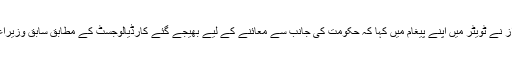
نواز شریف سےملاقات کے بعد مریم نواز نے ٹویٹر میں اپنے پیغام میں کہا کہ حکومت کی جانب سے معائنے کے لیے بھیجے گئے کارڈیالوجسٹ کے مطابق سابق وزیراعظم کے دل کی بیماری ‘بگڑ’ چکی ہے۔